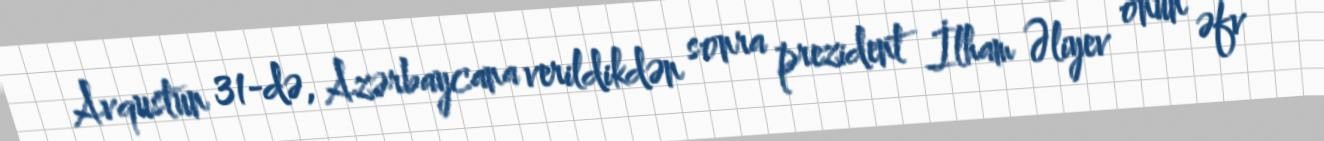
Avqustun 31-də, Azərbaycana verildikdən sonra prezident İlham Əliyev onun əfv